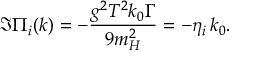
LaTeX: \Im \Pi _ { i } ( k ) = - \frac { g ^ { 2 } T ^ { 2 } k _ { 0 } \Gamma } { 9 m _ { H } ^ { 2 } } = - \eta _ { i } \, k _ { 0 } .